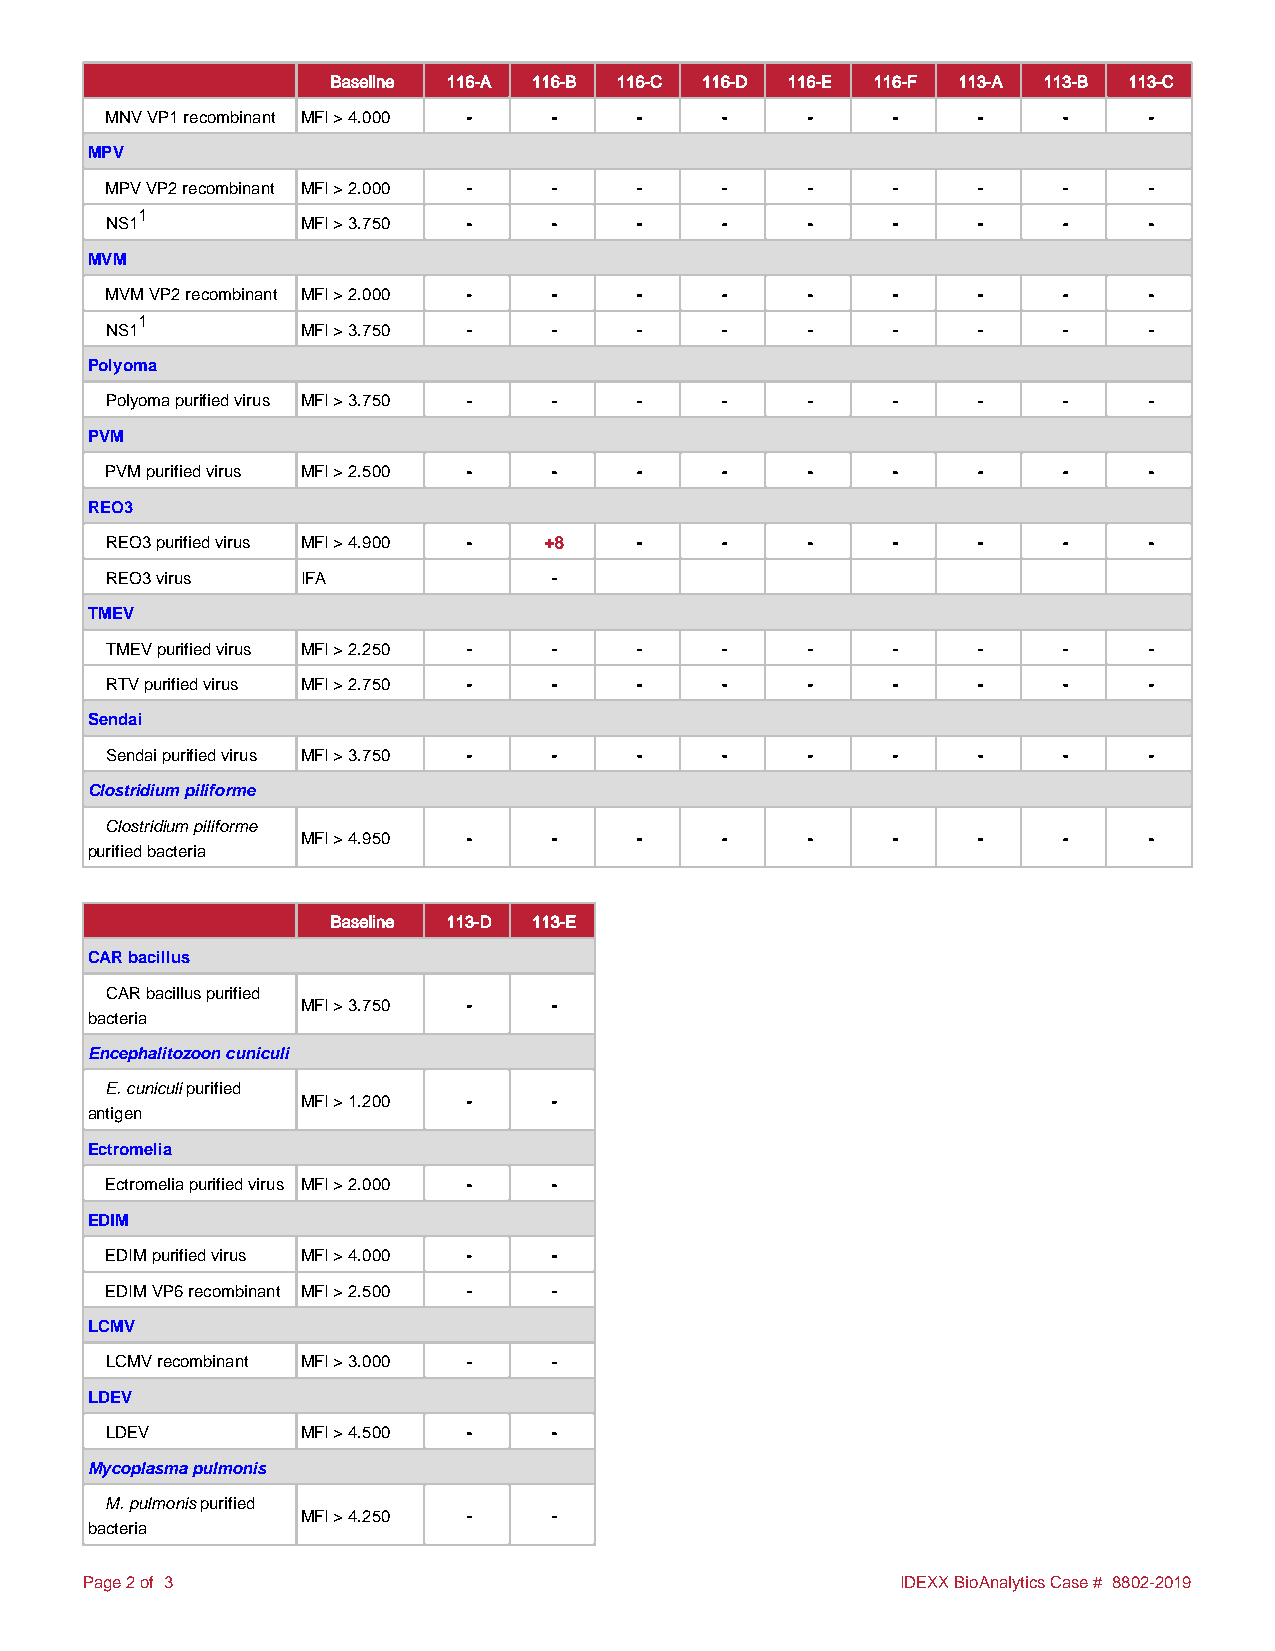
Baseline 116-A 116-B 116-C 116-D 116-E 116-F 113-A 113-B 113-C
 MNV VP1 recombinant MFI > 4.000 - - -    -    -     -     -    -     -
 MPV
 MPV VP2 recombinant MFI > 2.000 - - -    -    -     -     -    -     -
 1
 NS1          MFI > 3.750 -    -    -     -    -     -     -    -     -
 MVM
 MVM VP2 recombinant MFI > 2.000 - - -    -    -     -     -    -     -
 1
 NS1          MFI > 3.750 -    -    -     -    -     -     -    -     -
 Polyoma
 Polyoma purified virus MFI > 3.750 - - - -    -     -     -    -     -
 PVM
 PVM purified virus MFI > 2.500 - - -     -    -     -     -    -     -
 REO3
 REO3 purified virus MFI > 4.900 - +8 -   -    -     -     -    -     -
 REO3 virus   IFA              -
 TMEV
 TMEV purified virus MFI > 2.250 - - -    -    -     -     -    -     -
 RTV purified virus MFI > 2.750 - - -     -    -     -     -    -     -
 Sendai
 Sendai purified virus MFI > 3.750 - - -  -    -     -     -    -     -
 Clostridium piliforme
 Clostridium piliforme
 MFI > 4.950 -    -    -     -    -     -     -    -     -
 purified bacteria
 Baseline 113-D 113-E
 CAR bacillus
 CAR bacillus purified
 MFI > 3.750 -    -
 bacteria
 Encephalitozoon cuniculi
 E. cuniculi purified
 MFI > 1.200 -    -
 antigen
 Ectromelia
 Ectromelia purified virus MFI > 2.000 - -
 EDIM
 EDIM purified virus MFI > 4.000 - -
 EDIM VP6 recombinant MFI > 2.500 - -
 LCMV
 LCMV recombinant MFI > 3.000 - -
 LDEV
 LDEV         MFI > 4.500 -    -
 Mycoplasma pulmonis
 M. pulmonis purified
 MFI > 4.250 -    -
 bacteria
 Page 2 of 3                                           IDEXX BioAnalytics Case # 8802-2019